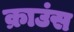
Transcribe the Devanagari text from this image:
क्राउंस